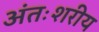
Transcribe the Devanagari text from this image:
अंतःशरीय